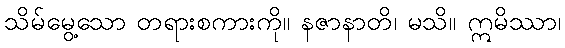
သိမ်မွေ့သော တရားစကားကို။ နဇာနာတိ၊ မသိ။ ဣမိဿာ၊